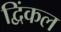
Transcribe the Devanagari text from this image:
द्विंकल